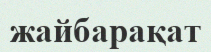
жайбарақат